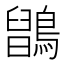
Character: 𪅉